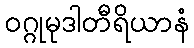
ဝဂ္ဂုမုဒါတီရိယာနံ